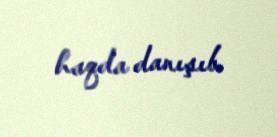
haqda danışıb.